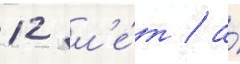
12 л'е́т / а́